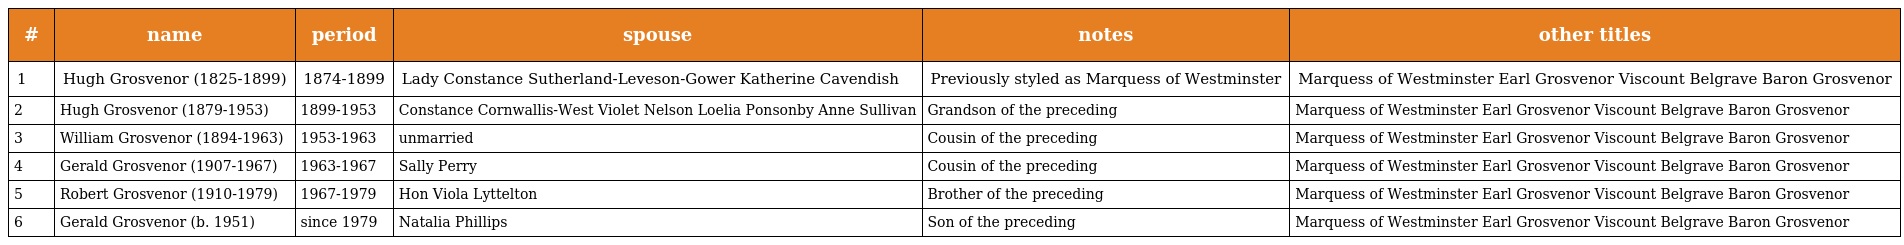
| # | name | period | spouse | notes | other titles |
 | --- | --- | --- | --- | --- | --- |
 | 1 | Hugh Grosvenor (1825-1899) | 1874-1899 | Lady Constance Sutherland-Leveson-Gower Katherine Cavendish | Previously styled as Marquess of Westminster | Marquess of Westminster Earl Grosvenor Viscount Belgrave Baron Grosvenor |
 | 2 | Hugh Grosvenor (1879-1953) | 1899-1953 | Constance Cornwallis-West Violet Nelson Loelia Ponsonby Anne Sullivan | Grandson of the preceding | Marquess of Westminster Earl Grosvenor Viscount Belgrave Baron Grosvenor |
 | 3 | William Grosvenor (1894-1963) | 1953-1963 | unmarried | Cousin of the preceding | Marquess of Westminster Earl Grosvenor Viscount Belgrave Baron Grosvenor |
 | 4 | Gerald Grosvenor (1907-1967) | 1963-1967 | Sally Perry | Cousin of the preceding | Marquess of Westminster Earl Grosvenor Viscount Belgrave Baron Grosvenor |
 | 5 | Robert Grosvenor (1910-1979) | 1967-1979 | Hon Viola Lyttelton | Brother of the preceding | Marquess of Westminster Earl Grosvenor Viscount Belgrave Baron Grosvenor |
 | 6 | Gerald Grosvenor (b. 1951) | since 1979 | Natalia Phillips | Son of the preceding | Marquess of Westminster Earl Grosvenor Viscount Belgrave Baron Grosvenor |